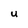
Character: U